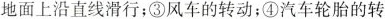
地面上沿直线滑行；③风车的转动；④汽车轮胎的转